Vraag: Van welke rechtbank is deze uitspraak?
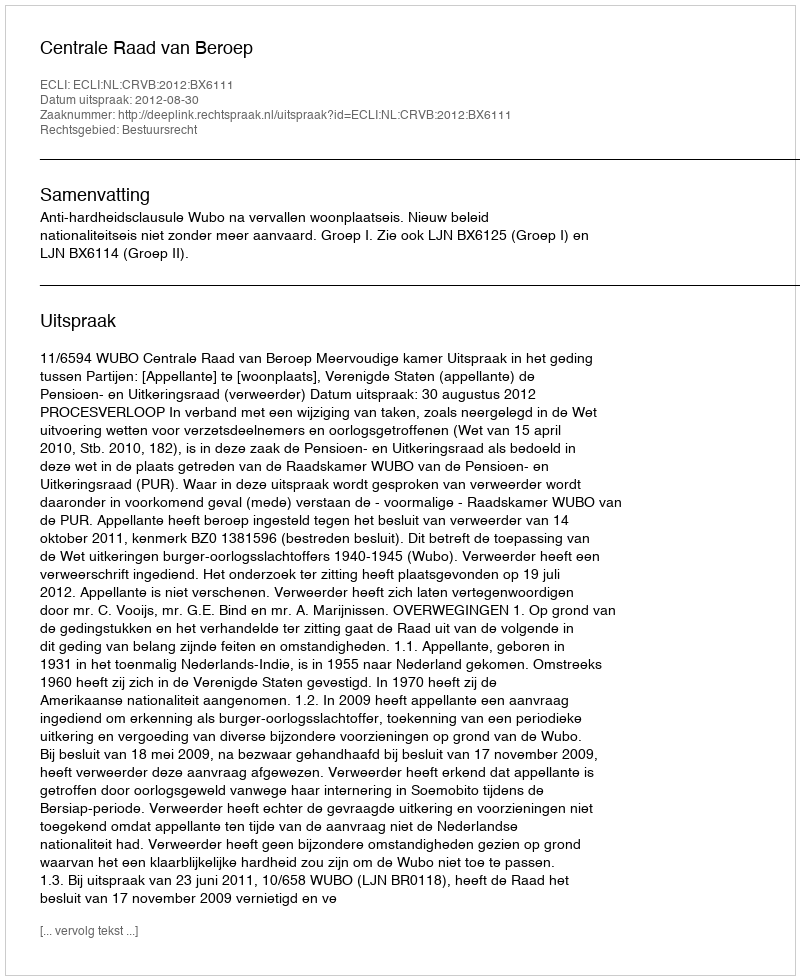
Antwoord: Centrale Raad van Beroep